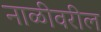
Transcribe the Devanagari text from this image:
नाळीवरील